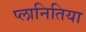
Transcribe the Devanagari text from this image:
प्लानितिया